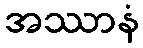
အဿာနံ